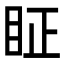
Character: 眐